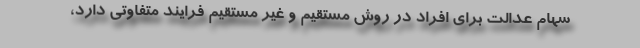
سهام عدالت برای افراد در روش مستقیم و غیر مستقیم فرایند متفاوتی دارد،